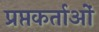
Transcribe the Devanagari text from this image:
प्रप्तकर्ताओं